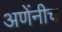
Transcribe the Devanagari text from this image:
अणेंनीच